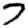
Digit: 7